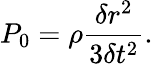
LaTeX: P_{0}=\rho\frac{\delta r^{2}}{3\delta t^{2}}.